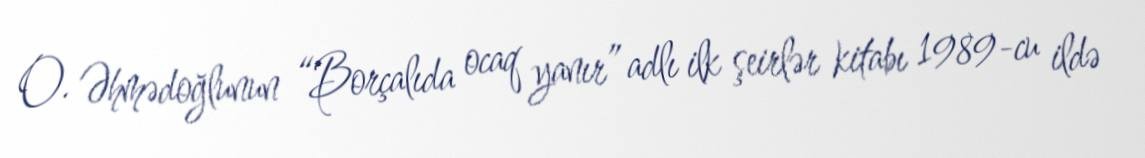
O. Əhmədoğlunun “Borçalıda ocaq yanır” adlı ilk şeirlər kitabı 1989-cu ildə